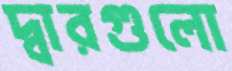
দ্বারগুলো